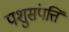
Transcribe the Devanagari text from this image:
पशुसंपत्ति